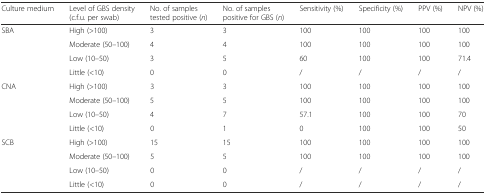
<table><thead><tr><td><b>Culture medium</b></td><td><b>Level of GBS density (c.f.u. per swab)</b></td><td><b>No. of samples tested positive (<i>n</i>)</b></td><td><b>No. of samples positive for GBS (<i>n</i>)</b></td><td><b>Sensitivity (%)</b></td><td><b>Specificity (%)</b></td><td><b>PPV (%)</b></td><td><b>NPV (%)</b></td></tr></thead><tbody><tr><td rowspan="4">SBA</td><td>High (&gt;100)</td><td>3</td><td>3</td><td>100</td><td>100</td><td>100</td><td>100</td></tr><tr><td>Moderate (50–100)</td><td>4</td><td>4</td><td>100</td><td>100</td><td>100</td><td>100</td></tr><tr><td>Low (10–50)</td><td>3</td><td>5</td><td>60</td><td>100</td><td>100</td><td>71.4</td></tr><tr><td>Little (&lt;10)</td><td>0</td><td>0</td><td>/</td><td>/</td><td>/</td><td>/</td></tr><tr><td rowspan="4">CNA</td><td>High (&gt;100)</td><td>3</td><td>3</td><td>100</td><td>100</td><td>100</td><td>100</td></tr><tr><td>Moderate (50–100)</td><td>5</td><td>5</td><td>100</td><td>100</td><td>100</td><td>100</td></tr><tr><td>Low (10–50)</td><td>4</td><td>7</td><td>57.1</td><td>100</td><td>100</td><td>70</td></tr><tr><td>Little (&lt;10)</td><td>0</td><td>1</td><td>0</td><td>100</td><td>100</td><td>50</td></tr><tr><td rowspan="4">SCB</td><td>High (&gt;100)</td><td>15</td><td>15</td><td>100</td><td>100</td><td>100</td><td>100</td></tr><tr><td>Moderate (50–100)</td><td>5</td><td>5</td><td>100</td><td>100</td><td>100</td><td>100</td></tr><tr><td>Low (10–50)</td><td>0</td><td>0</td><td>/</td><td>/</td><td>/</td><td>/</td></tr><tr><td>Little (&lt;10)</td><td>0</td><td>0</td><td>/</td><td>/</td><td>/</td><td>/</td></tr></tbody></table>